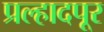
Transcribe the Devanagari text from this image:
प्रल्हादपूर